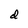
Character: d